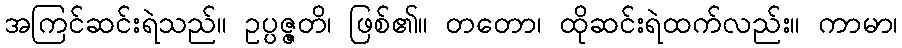
အကြင်ဆင်းရဲသည်။ ဥပ္ပဇ္ဇတိ၊ ဖြစ်၏။ တတော၊ ထိုဆင်းရဲထက်လည်း။ ကာမာ၊